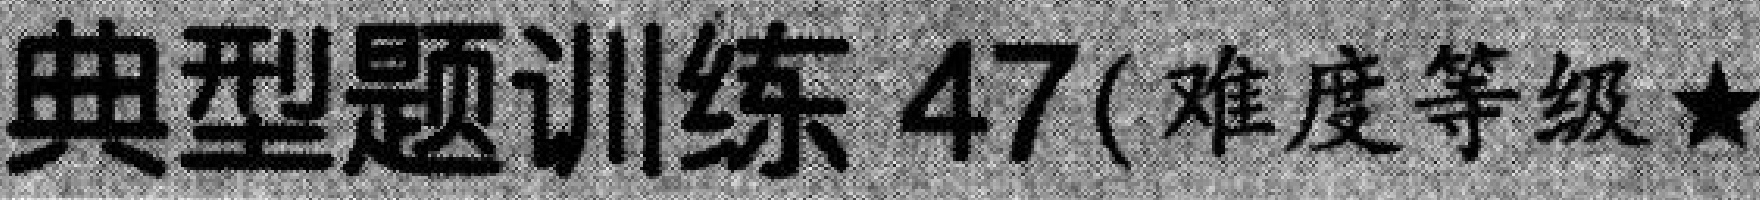
典型题训练 47(难度等级★